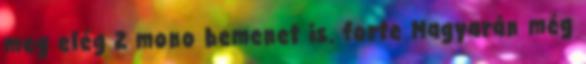
meg elég 2 mono bemenet is. forte Magyarán még